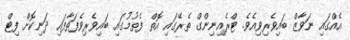
އެއްގައި ނަވާޒް ބައިވެރިވިއެވެ. ޓްރެއިނިންގް ތެރޭގައި އޮތް ފެތުމުގައި ބައިވެރިވެފަތާފައި ދަނިކޮށް ފިޓް